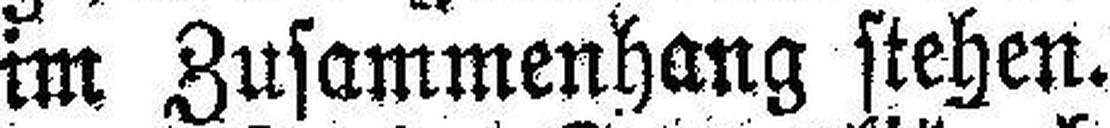
im Zusammenhang stehen.